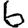
Digit: 6